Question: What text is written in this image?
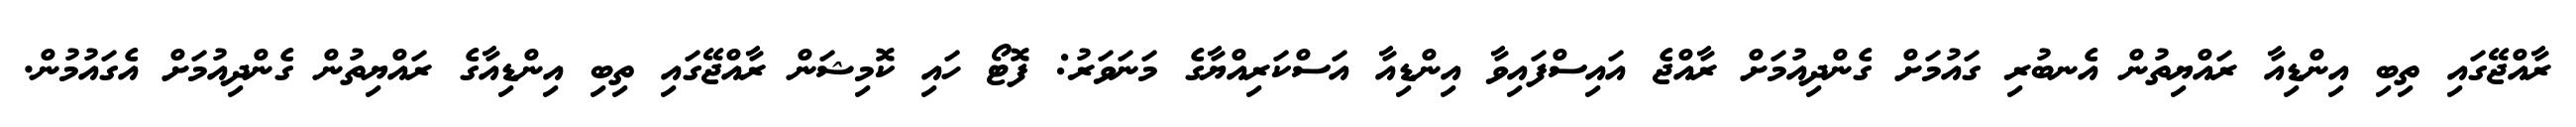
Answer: ރާއްޖޭގައި ތިބި އިންޑިއާ ރައްޔިތުން އެނބުރި ގައުމަށް ގެންދިއުމަށް ރާއްޖެ އައިސްފައިވާ އިންޑިއާ އަސްކަރިއްޔާގެ މަނަވަރު: ފޮޓޯ ހައި ކޮމިޝަން ރާއްޖޭގައި ތިބި އިންޑިއާގެ ރައްޔިތުން ގެންދިއުމަށް އެގައުމުން.